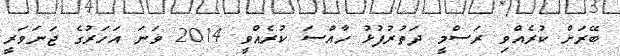
ބޭރަށް ކުރެއްވި ރަސްމީ ދަތުރުފުޅު ހާއްސަ ކުރެއްވީ 2014 ވަނަ އަހަރުގެ ޖަނަވަރީ